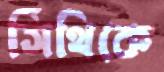
সিঁথিকে